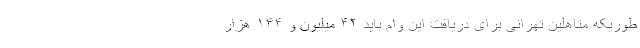
طوریکه متاهلین تهرانی برای دریافت این وام باید ۴۲ میلیون و ۱۴۴ هزار